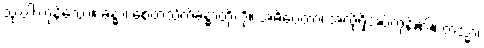
သုံးပါးကုန်သော။ ခန္ဓာ၊ စေတသိက်ခန္ဓာတို့ကို။ အဓိပ္ပေတာ၊ အလိုရှိအပ်ကုန်၏။ တသ္မာ၊